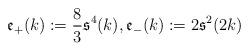
LaTeX: \begin{align*}\frak{e}_+(k):=\frac{8}{3}{\frak s}^4( k),\frak{e}_{-}(k):=2{\frak s}^2(2 k)\end{align*}